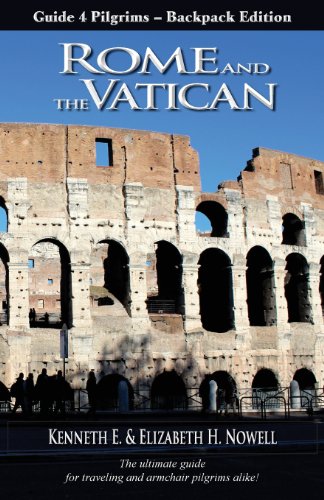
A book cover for Rome and the Vatican - Guide 4 Pilgrims, Backpack Edition; Kenneth E. Nowell; Travel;